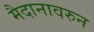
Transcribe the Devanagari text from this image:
मैदानावरुन